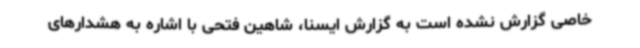
خاصی گزارش نشده است به گزارش ایسنا، شاهین فتحی با اشاره به هشدارهای